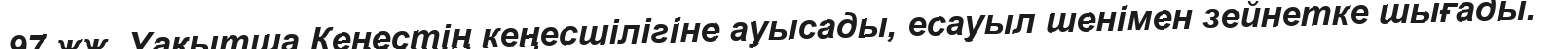
97 жж. Уақытша Кеңестің кеңесшілігіне ауысады, есауыл шенімен зейнетке шығады.